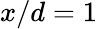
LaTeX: x/d=1